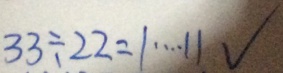
3 3 \div 2 2 = 1 \cdots 1 1 √